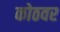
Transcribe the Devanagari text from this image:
कोठवर